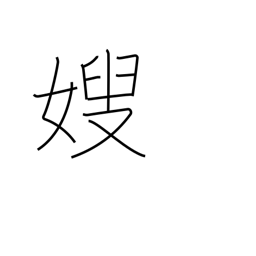
Meaning: elder brother's wife